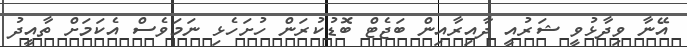
އޭނާ ވިދާޅުވީ ޝަރުއީ ދާއިރާއިން ބަޖެޓް ބޮޑުކުރަން ހުށަހެޅި ނަމަވެސް އެކަމަށް ތާއީދު